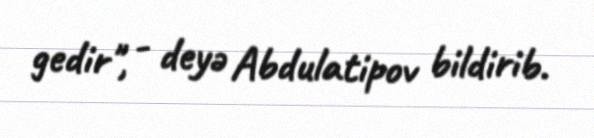
gedir", - deyə Abdulatipov bildirib.